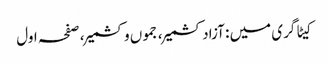
کیٹاگری میں : آزاد کشمیر، جموں وکشمیر، صفحہ اول